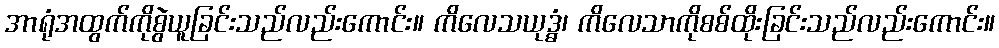
အာရုံအထွက်ကိုစွဲယူခြင်းသည်လည်းကောင်း။ ကိလေသယုဒ္ဓံ၊ ကိလေသာကိုစစ်ထိုးခြင်းသည်လည်းကောင်း။